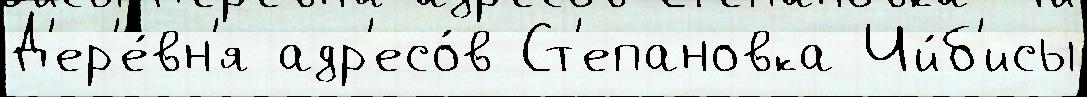
Д'ер'е́вн'я адр'есо́в Ст'епановка Чи́б'исы